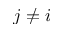
j \neq i